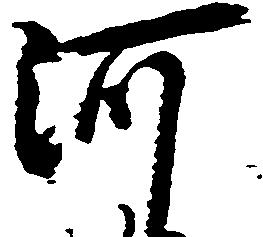
河